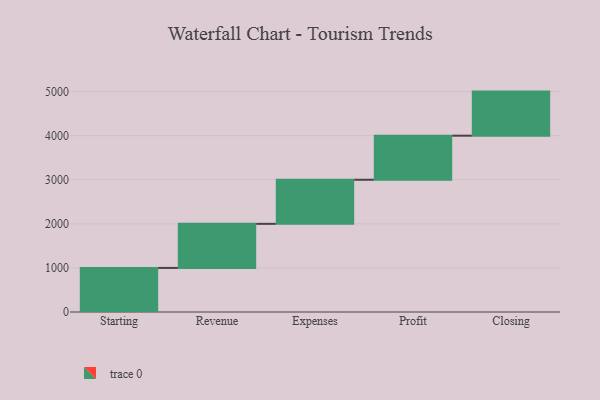
{"axis": {"x": "Step", "y": "Value"}, "legend": [""], "data": [{"x": "Starting", "y": 1000, "type": ""}, {"x": "Revenue", "y": 1000, "type": ""}, {"x": "Expenses", "y": 1000, "type": ""}, {"x": "Profit", "y": 1000, "type": ""}, {"x": "Closing", "y": 1000, "type": ""}]}